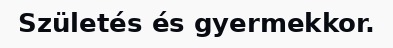
Születés és gyermekkor.